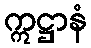
ဣဋ္ဌာနံ